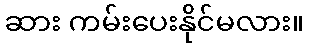
ဆား ကမ်းပေးနိုင်မလား။